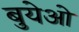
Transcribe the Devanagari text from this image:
बुयेओ